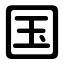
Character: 国